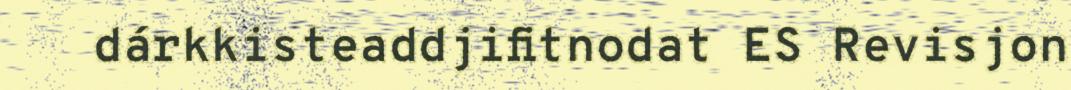
dárkkisteaddjifitnodat ES Revisjon